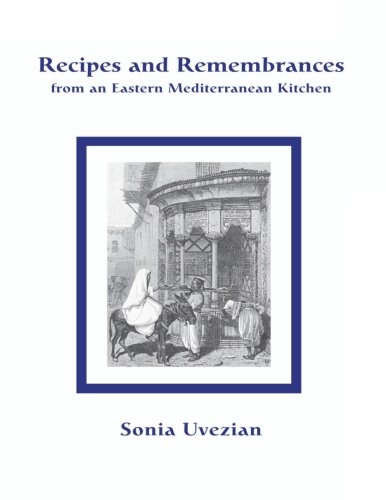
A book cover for Recipes and Remembrances from an Eastern Mediterranean Kitchen: A Culinary Journey through Syria, Lebanon, and Jordan; Sonia Uvezian; Cookbooks, Food & Wine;